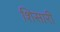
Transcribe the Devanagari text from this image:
शिसारी